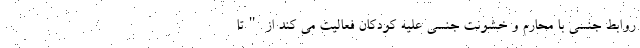
روابط جنسی با محارم و خشونت جنسی علیه کودکان فعالیت می کند از "تا